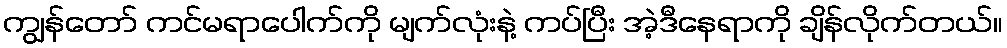
ကျွန်တော် ကင်မရာပေါက်ကို မျက်လုံးနဲ့ ကပ်ပြီး အဲ့ဒီနေရာကို ချိန်လိုက်တယ်။